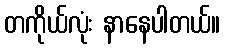
တကိုယ်လုံး နာနေပါတယ်။